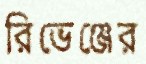
রিভেঞ্জের